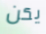
يكن